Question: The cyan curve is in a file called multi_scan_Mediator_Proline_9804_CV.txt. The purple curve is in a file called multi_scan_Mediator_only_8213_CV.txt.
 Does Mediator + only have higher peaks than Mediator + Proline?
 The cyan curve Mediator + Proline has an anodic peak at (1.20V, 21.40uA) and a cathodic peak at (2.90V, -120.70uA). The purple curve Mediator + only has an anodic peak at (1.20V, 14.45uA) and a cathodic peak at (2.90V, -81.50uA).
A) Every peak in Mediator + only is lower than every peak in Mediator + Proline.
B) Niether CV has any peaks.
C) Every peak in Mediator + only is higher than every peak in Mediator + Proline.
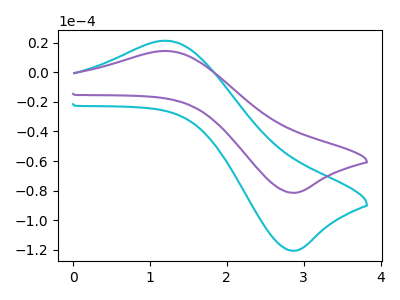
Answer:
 <answer>A) Every peak in "Mediator + only" is lower than every peak in "Mediator + Proline".</answer>
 <eval>A</eval>